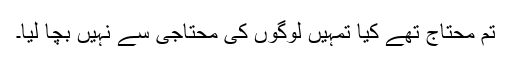
تم محتاج تھے کیا تمہیں لوگوں کی محتاجی سے نہیں بچا لیا۔